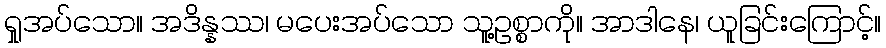
ရှုအပ်သော။ အဒိန္နဿ၊ မပေးအပ်သော သူ့ဥစ္စာကို။ အာဒါနေ၊ ယူခြင်းကြောင့်။